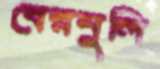
বেরনুলি